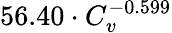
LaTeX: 56.40\cdot C_{v}^{-0.599}